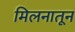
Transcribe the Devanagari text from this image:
मिलनातून